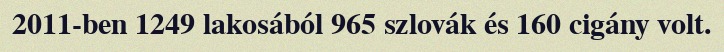
2011-ben 1249 lakosából 965 szlovák és 160 cigány volt.